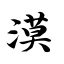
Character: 漠